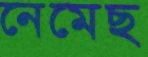
নেমেছ